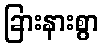
ခြားနားစွာ